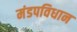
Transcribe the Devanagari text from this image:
मंडपविधान